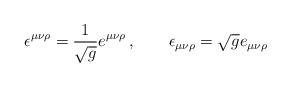
LaTeX: \begin{align*}\epsilon^{\mu\nu\rho}={1 \over \sqrt g} e^{\mu \nu \rho}\,, \qquad\epsilon_{\mu\nu\rho}=\sqrt g e_{\mu \nu \rho}\end{align*}